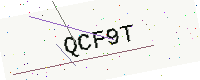
Text: QCF9T